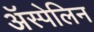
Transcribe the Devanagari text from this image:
अॅस्पेलिन